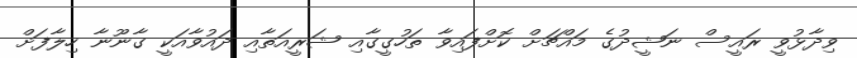
ވިދާޅުވީ ރައީސް ނަޝީދުގެ މައްޗަށް ކޮށްފައިވާ ތަހުގީގާއި ޝަރީއަތާއި ދައުވާއަކީ ގާނޫނާ ހިލާފަށް